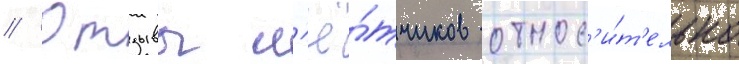
// Отзывы л'ё́тчиков относ'и́т'ельно